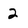
Character: 2